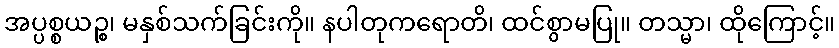
အပ္ပစ္စယဉ္စ၊ မနှစ်သက်ခြင်းကို။ နပါတုကရောတိ၊ ထင်စွာမပြု။ တသ္မာ၊ ထိုကြောင့်။